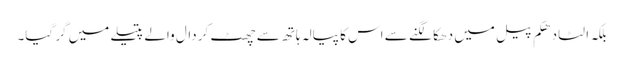
بلکہ الٹا دھکم پیل میں دھکا لگنے سے اس کا پیالہ ہاتھ سے چھٹ کر دال والے پتیلے میں گر گیا۔